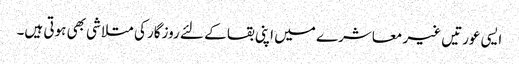
ایسی عورتیں غیر معاشرے میں اپنی بقا کے لئے روزگار کی متلاشی بھی ہوتی ہیں۔